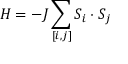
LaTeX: H = - J \sum _ { [ i , j ] } S _ { i } \cdot S _ { j }